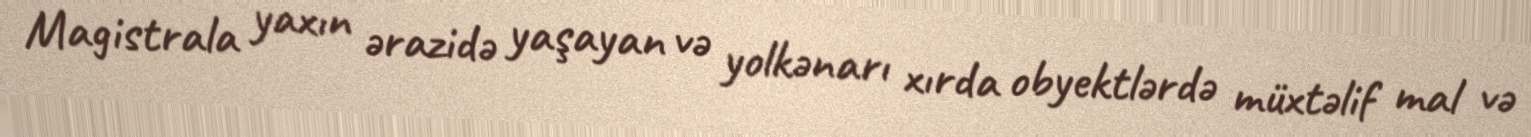
Magistrala yaxın ərazidə yaşayan və yolkənarı xırda obyektlərdə müxtəlif mal və